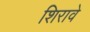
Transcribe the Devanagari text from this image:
शिरावे